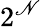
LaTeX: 2^{\mathscr{N}}